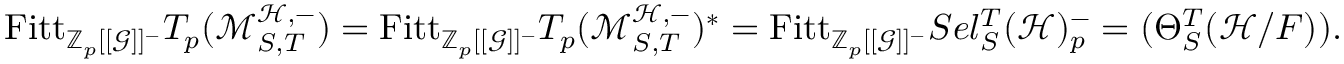
\mathrm { F i t t } _ { \mathbb Z _ { p } [ [ \mathcal G ] ] ^ { - } } T _ { p } ( \mathcal M _ { S , T } ^ { \mathcal { H } , - } ) = \mathrm { F i t t } _ { \mathbb Z _ { p } [ [ \mathcal G ] ] ^ { - } } T _ { p } ( \mathcal M _ { S , T } ^ { \mathcal { H } , - } ) ^ { \ast } = \mathrm { F i t t } _ { \mathbb Z _ { p } [ [ \mathcal G ] ] ^ { - } } S e l _ { S } ^ { T } ( \mathcal { H } ) _ { p } ^ { - } = ( \Theta _ { S } ^ { T } ( \mathcal { H } / F ) ) .